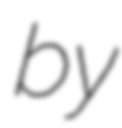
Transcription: by